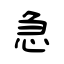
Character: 急